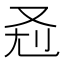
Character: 𰆷